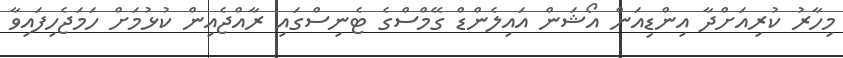
މިހާރު ކުރިއަށްދާ އިންޑިއަން އޯޝަން އައިލެންޑް ގޭމްސްގެ ޓެނިސްގައި ރާއްޖެއިން ކުޅުމަށް ހަމަޖެހިފައިވާ